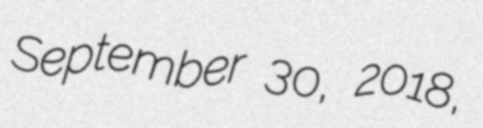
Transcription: September 30, 2018,